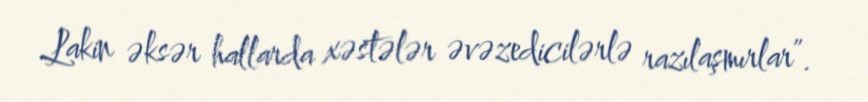
Lakin əksər hallarda xəstələr əvəzedicilərlə razılaşmırlar”.